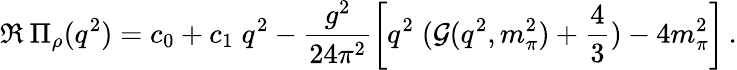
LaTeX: \Re\: \Pi_{\rho}(q^{2})=c_{0}+c_{1}\; q^{2}-\frac{g^{2}}{24\pi^{2}}\left[q^{2}\; ({\cal G}(q^{2},m_{\pi}^{2})+\frac{4}{3})-4m_{\pi}^{2}\right]\, .